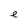
Character: e